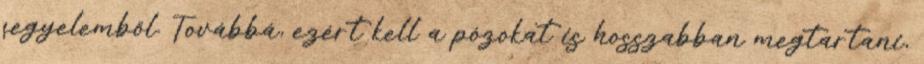
fegyelemből. Továbbá, ezért kell a pózokat is hosszabban megtartani,